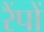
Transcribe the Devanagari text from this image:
रैंपों